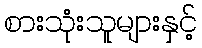
စားသုံးသူများနှင့်